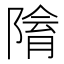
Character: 𨻔